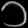
Digit: ၁